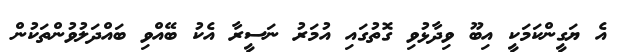
އެ ޔަގީންކަމަކީ އިބޫ ވިދާޅުވި ގޮތުގައި އުމަރު ނަސީރާ އެކު ބޭއްވި ބައްދަލުވުންތަކުން